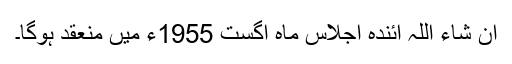
اِن شاء اللہ آئندہ اجلاس ماہِ اگست 1955ء میں منعقد ہوگا۔